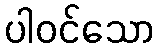
ပါဝင်သော